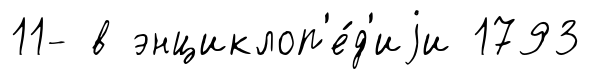
11- в энциклоп'е́д'иjи 1793